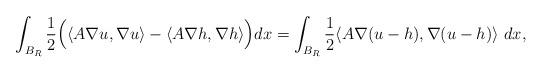
LaTeX: \begin{align*} \int_{B_R} \dfrac{1}{2} \Bigl(\langle A \nabla u, \nabla u\rangle - \langle A \nabla h, \nabla h \rangle \Bigr) dx = \int_{B_R} \dfrac{1}{2} \langle A \nabla (u-h), \nabla(u-h) \rangle \ dx,\end{align*}